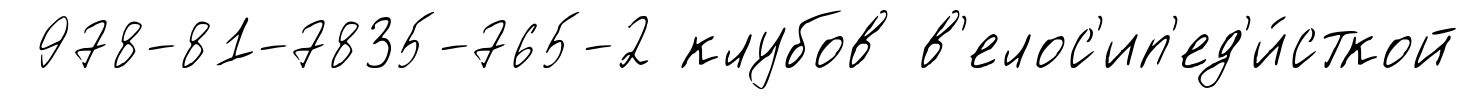
978-81-7835-765-2 клубов в'елос'ип'ед'и́сткой